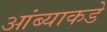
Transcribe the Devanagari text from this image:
आंब्याकडे